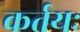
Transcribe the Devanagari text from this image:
कर्तयः